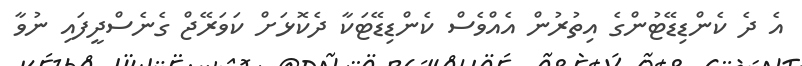
އެ ދެ ކެންޑިޑޭޓުންގެ އިތުރުން އެއްވެސް ކެންޑިޑޭޓަކާ ދެކޮޅަށް ކަވަރޭޖް ގެނެސްދީފައި ނުވާ